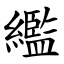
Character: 繿